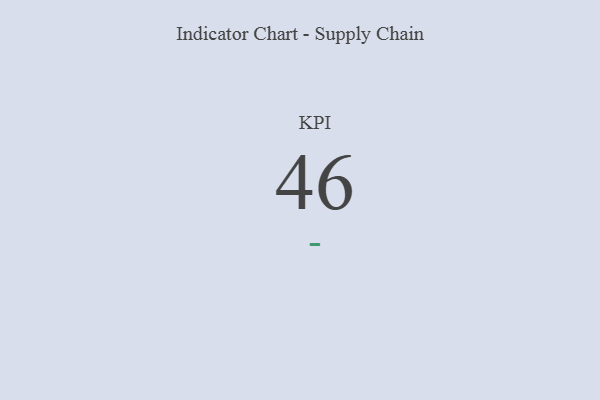
{"axis": {"x": "KPI", "y": "Value"}, "legend": [""], "data": [{"x": "KPI", "y": 46, "type": ""}]}